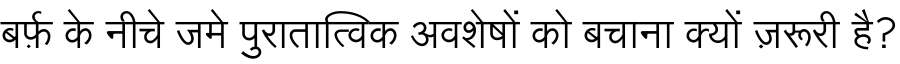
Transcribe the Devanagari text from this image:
बर्फ़ के नीचे जमे पुरातात्विक अवशेषों को बचाना क्यों ज़रूरी है?